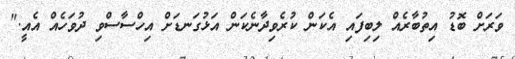
ވަރަށް ބޮޑު އިތުބާރެއް ލިބިފައި އެކަން ކުރެވިދާނެކަން އަޅުގަނޑަށް އިހްސާސްވި ދުވަހެއް އެއީ."